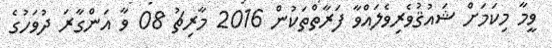
ވީމާ މިކަމަށް ޝައުޤުވެރިވެލައްވާ ފަރާތްތަކުން 2016 މާރިޗު 08 ވާ އަންގާރަ ދުވަހުގެ